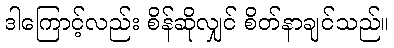
ဒါကြောင့်လည်း စိန်ဆိုလျှင် စိတ်နာချင်သည်။